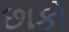
છાકો